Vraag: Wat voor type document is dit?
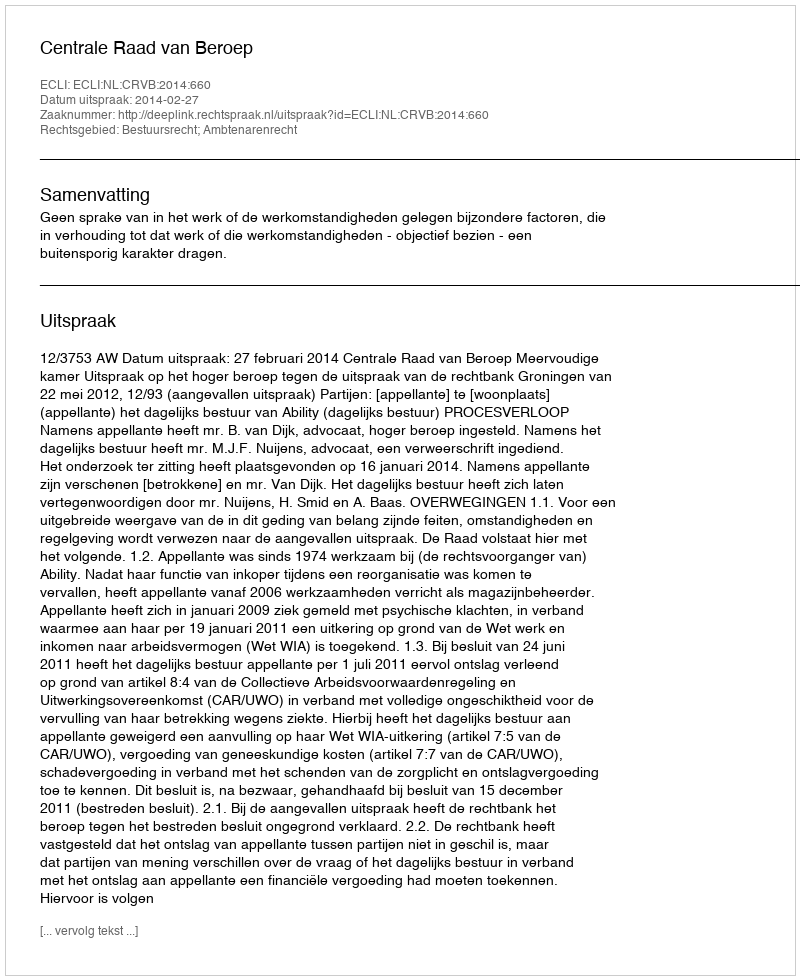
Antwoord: Uitspraak